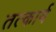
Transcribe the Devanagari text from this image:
तत्कार्य